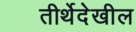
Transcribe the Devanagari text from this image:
तीर्थेदेखील